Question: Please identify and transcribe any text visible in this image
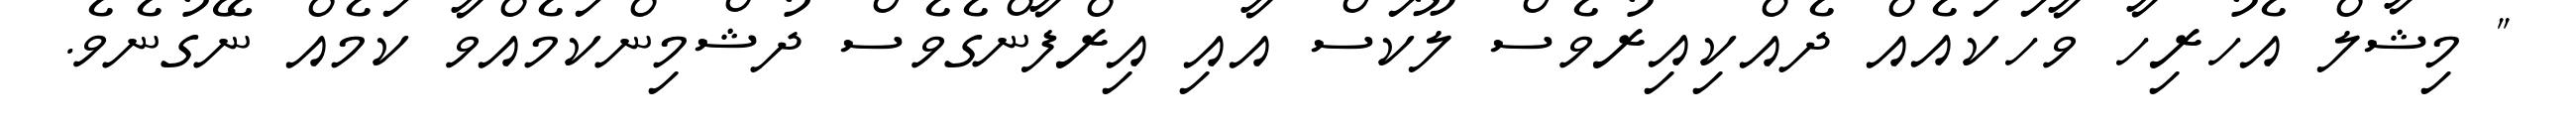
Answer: " މިޝާލް އެހުރިހާ ވާހަކައެއް ދެއްކިއިރުވެސް ލޫކަސް އާއި އިރްފާންގެވެސް ދުޝްމިންކަމެއްވާ ކަމެއް ނޭގުނެވެ.